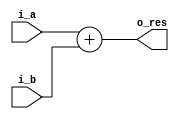
module Adder (o_res ,i_a, i_b);

input wire signed [31:0] i_a, i_b;
output wire [31:0] o_res;

assign o_res = i_a + i_b;

endmodule